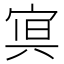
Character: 𭓿